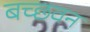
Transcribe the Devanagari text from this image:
बच्छवन